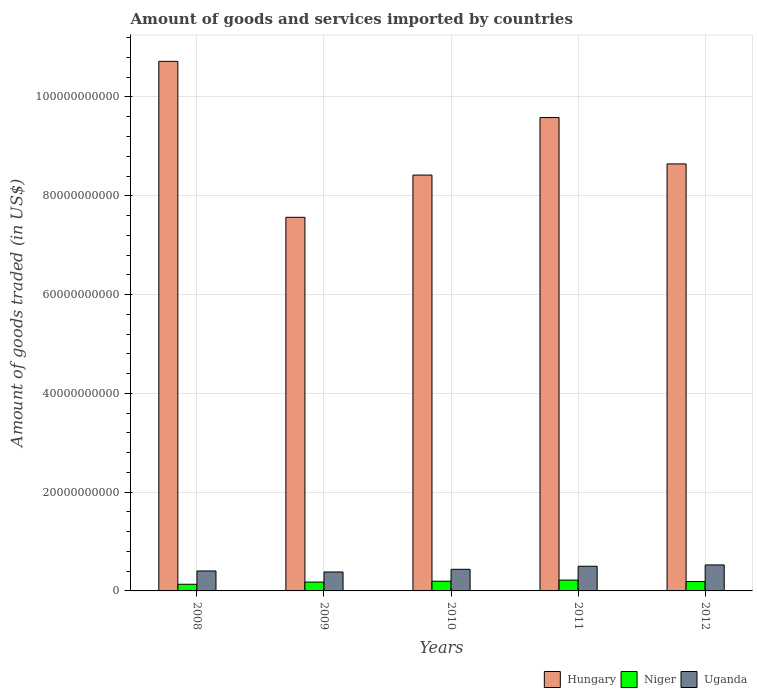
| Years | Hungary | Niger | Uganda |
 | --- | --- | --- | --- |
 | 2008 | 1.07e+11 | 1.35e+09 | 4.04e+09 |
 | 2009 | 7.56e+10 | 1.79e+09 | 3.84e+09 |
 | 2010 | 8.42e+10 | 1.96e+09 | 4.38e+09 |
 | 2011 | 9.58e+10 | 2.19e+09 | 5e+09 |
 | 2012 | 8.65e+10 | 1.9e+09 | 5.26e+09 |